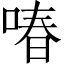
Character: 㖺